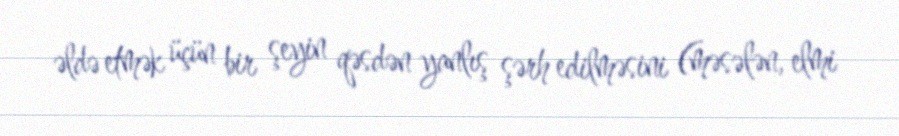
əldə etmək üçün bir şeyin qəsdən yanlış şərh edilməsini (məsələn, elmi